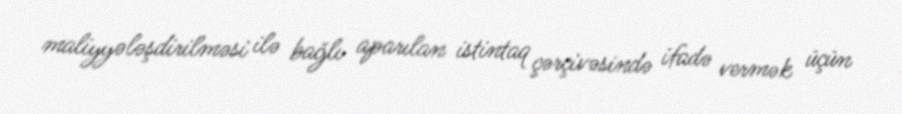
maliyyələşdirilməsi ilə bağlı aparılan istintaq çərçivəsində ifadə vermək üçün